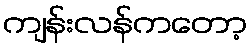
ကျန်းလန်ကတော့